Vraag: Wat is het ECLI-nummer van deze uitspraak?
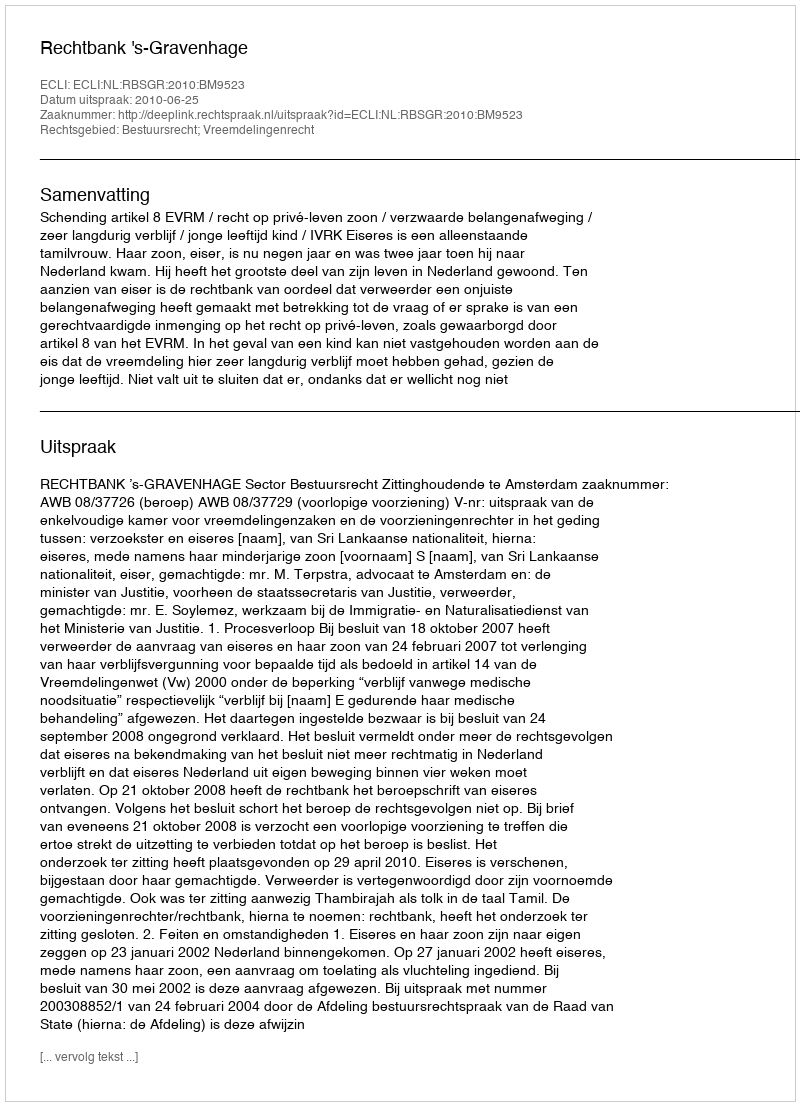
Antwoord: ECLI:NL:RBSGR:2010:BM9523